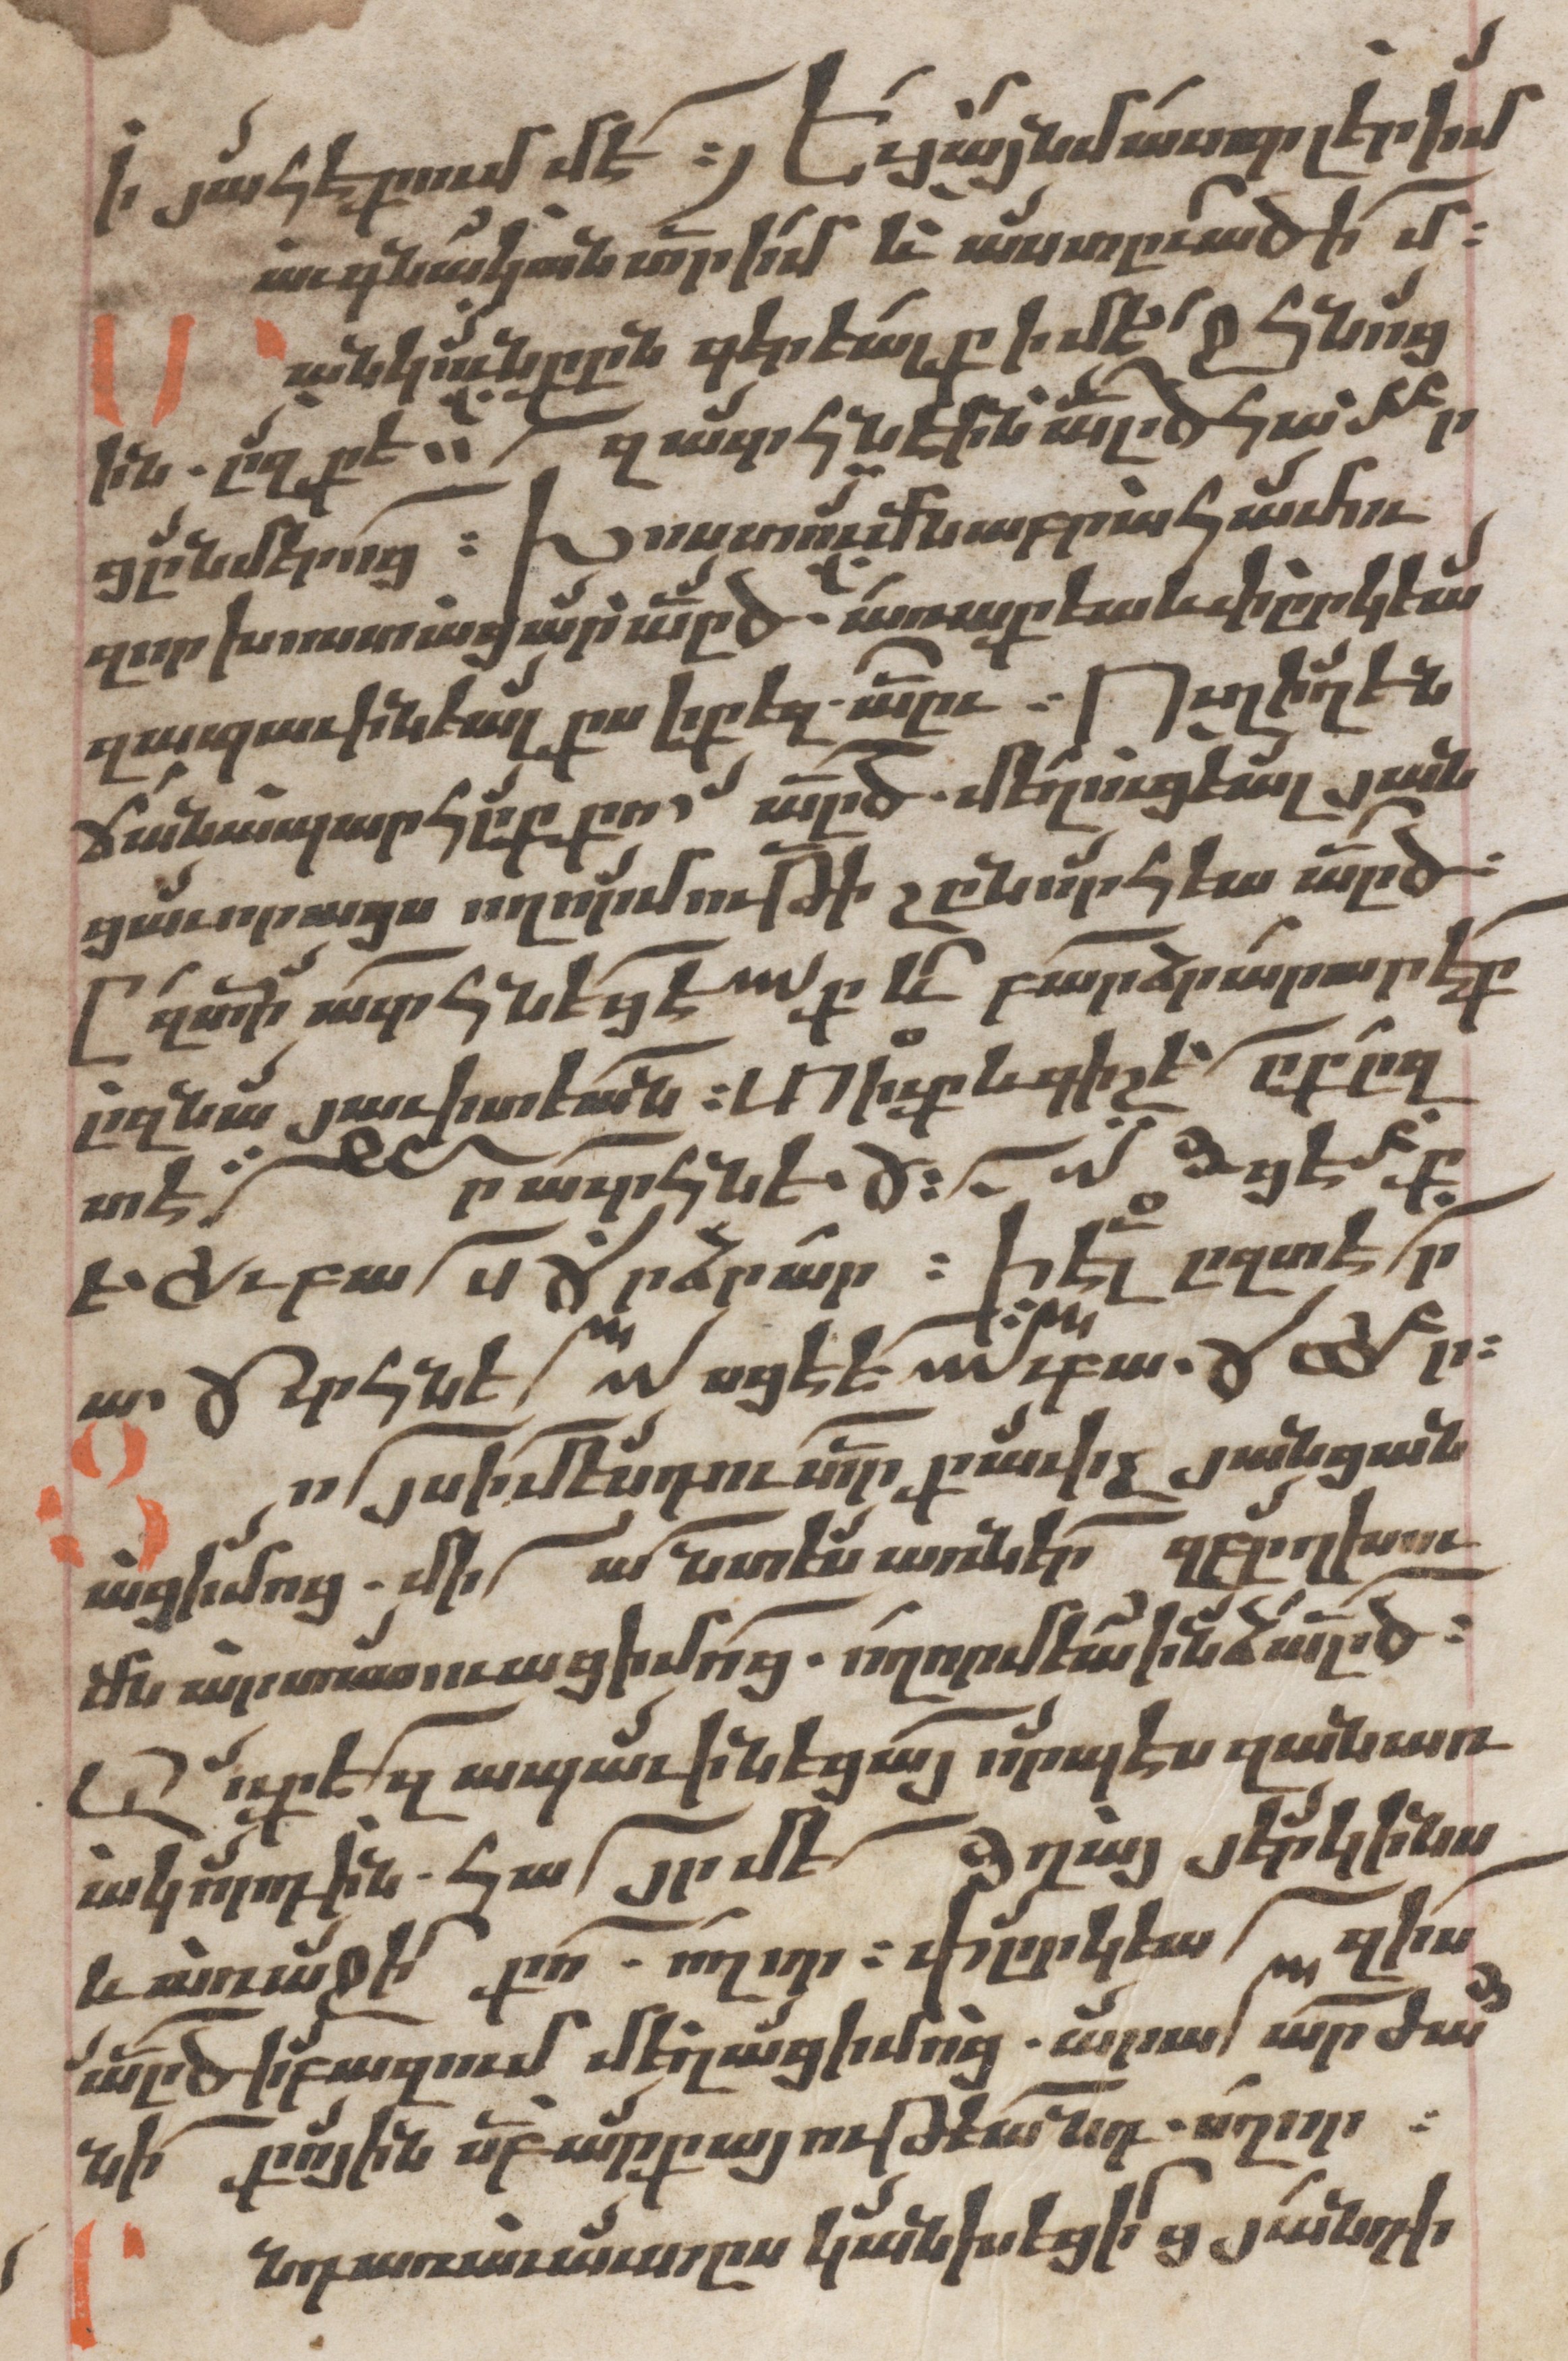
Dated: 1662–1662